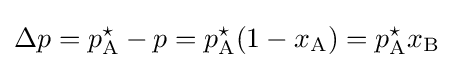
\Delta p=p_{\rm {A}}^{\star }-p=p_{\rm {A}}^{\star }(1-x_{\rm {A}})=p_{\rm {A}}^{\star }x_{\rm {B}}